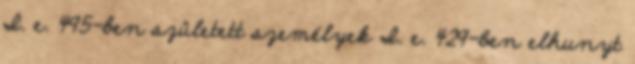
I. e. 495-ben született személyek I. e. 429-ben elhunyt